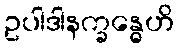
ဥပါဒါနက္ခန္ဓေဟိ